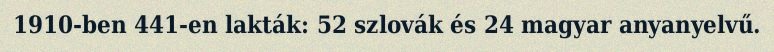
1910-ben 441-en lakták: 52 szlovák és 24 magyar anyanyelvű.